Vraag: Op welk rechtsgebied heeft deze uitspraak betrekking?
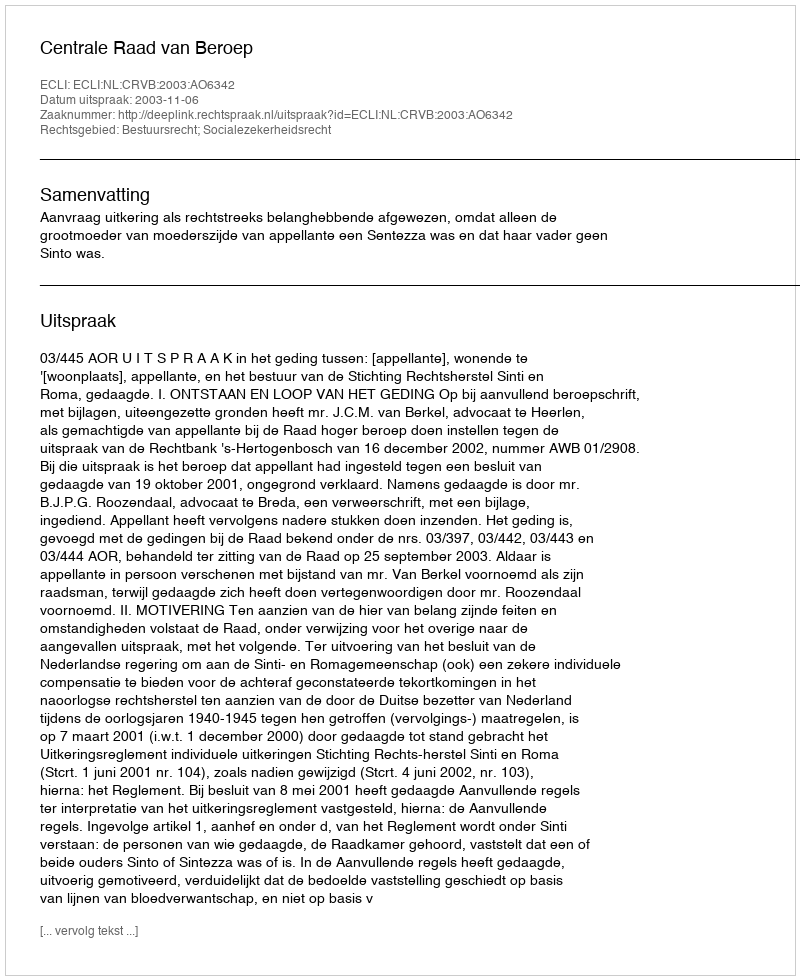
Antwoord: Bestuursrecht; Socialezekerheidsrecht